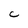
Character: C